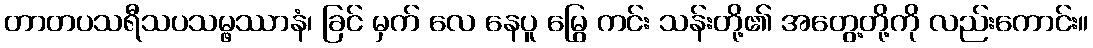
တာတပသရီသပသမ္ဖဿာနံ၊ ခြင် မှက် လေ နေပူ မြွေ ကင်း သန်းတို့၏ အတွေ့တို့ကို လည်းကောင်း။